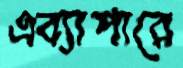
এব্যাপারে